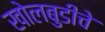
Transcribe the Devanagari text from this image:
खोलबुडीचे